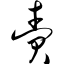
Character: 赍